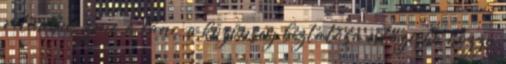
ritmikus zene, a tánc, a közönség bíztatása extázisba hozza